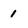
Character: 1